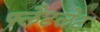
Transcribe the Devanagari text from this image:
फ्लैटलेट